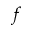
f